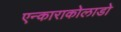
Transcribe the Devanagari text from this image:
एन्काराकोलाडो